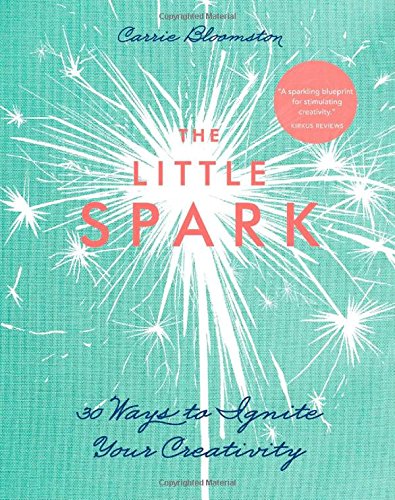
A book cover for The Little Spark30 Ways to Ignite Your Creativity; Carrie Bloomston; Health, Fitness & Dieting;